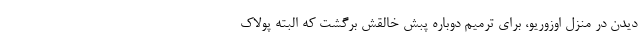
دیدن در منزل اوزوریو، برای ترمیم دوباره پبش خالقش برگشت که البته پولاک